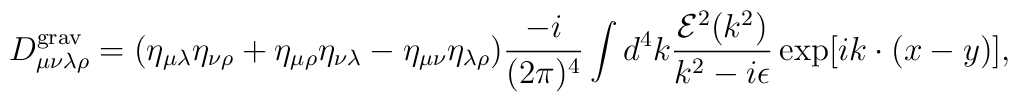
D^{\rm grav}_{\mu\nu\lambda\rho}=(\eta_{\mu\lambda}\eta_{\nu\rho}+\eta_{\mu\rho}\eta_{\nu\lambda}-\eta_{\mu\nu}\eta_{\lambda\rho})\frac{-i}{(2\pi)^4}\int d^4k\frac{{\cal E}^2(k^2)}{k^2-i\epsilon}\exp[ik\cdot(x-y)],